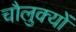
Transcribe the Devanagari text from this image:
चौलुक्यों